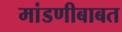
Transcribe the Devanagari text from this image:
मांडणीबाबत